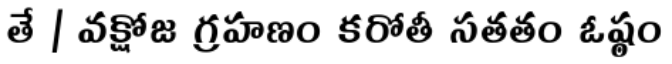
తే | వక్షోజ గ్రహణం కరోతీ సతతం ఓష్ఠం